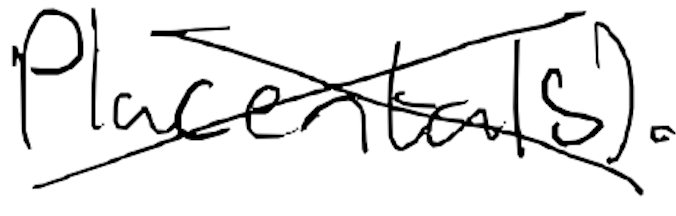
Text: placentals).
Cross-out: cross
Writing tool: digital_black